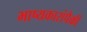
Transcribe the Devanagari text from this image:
भाष्यकारांपैकी